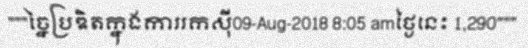
"""ច្នៃប្រឌិតក្នុងការរកស៊ី09-Aug-2018 8:05 amថ្ងៃនេះ 1,290"""